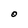
Character: O